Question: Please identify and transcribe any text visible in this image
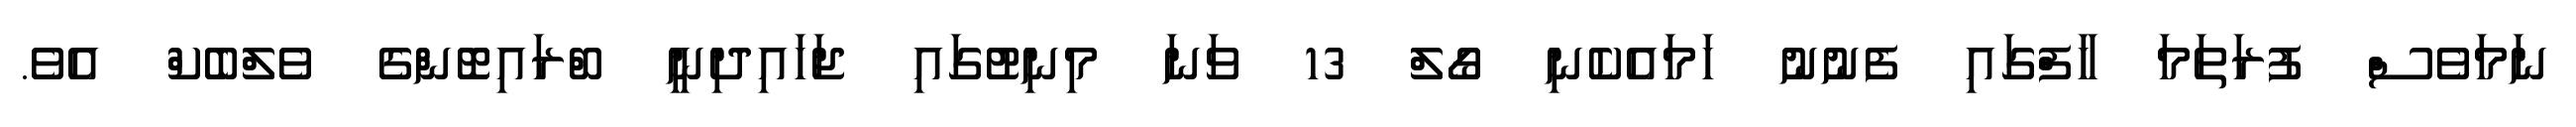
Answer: ނަމަވެސް ފުރަތަމަ ހާފްގައި ފެނުނު ހަމައެކެނި ގޯލް 13 ވަނަ މިނިޓުގައި ޖަހައިދިނީ ބްރައިޓޮންގެ ވެލްބެކް އެވެ.